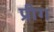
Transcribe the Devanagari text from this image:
प्रीग